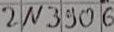
Text: 2N3906